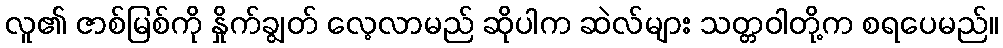
လူ၏ ဇာစ်မြစ်ကို နှိုက်ချွတ် လေ့လာမည် ဆိုပါက ဆဲလ်များ သတ္တဝါတို့က စရပေမည်။